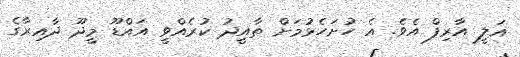
އަލީ އާރިފް އެވެ. އެ ހުށަހެޅުމަށް ތާއީދު ކުރެއްވީ އައްޑޫ މީދޫ ދާއިރާގެ